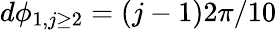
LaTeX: d\phi_{1,j\geq 2}=(j-1)2\pi/10